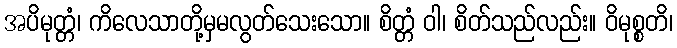
အပိမုတ္တံ၊ ကိလေသာတို့မှမလွတ်သေးသော။ စိတ္တံ ဝါ၊ စိတ်သည်လည်း။ ဝိမုစ္စတိ၊